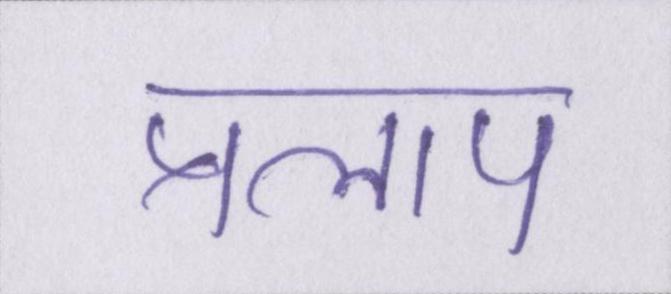
प्रलाप